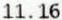
11.16